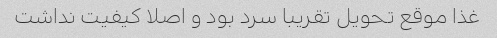
غذا موقع تحویل تقریبا سرد بود و اصلا کیفیت نداشت